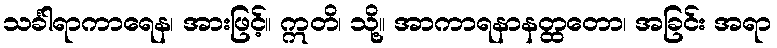
သင်္ခါရာကာရေန၊ အားဖြင့်။ ဣတိ၊ သို့။ အာကာရနာနတ္ထတော၊ အခြင်း အရာ